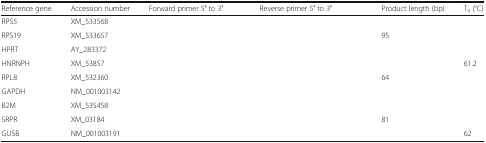
<table><thead><tr><td><b>Reference gene</b></td><td><b>Accession number</b></td><td><b>Forward primer 5′ to 3′</b></td><td><b>Reverse primer 5′ to 3′</b></td><td><b>Product length (bp)</b></td><td><b>T<sub>a</sub> (°C)</b></td></tr></thead><tbody><tr><td>RPS5</td><td>XM_533568</td><td>[EMPTY_CELL]</td><td>[EMPTY_CELL]</td><td>[EMPTY_CELL]</td><td>[EMPTY_CELL]</td></tr><tr><td>RPS19</td><td>XM_533657</td><td>[EMPTY_CELL]</td><td>[EMPTY_CELL]</td><td>95</td><td>[EMPTY_CELL]</td></tr><tr><td>HPRT</td><td>AY_283372</td><td>[EMPTY_CELL]</td><td>[EMPTY_CELL]</td><td>[EMPTY_CELL]</td><td>[EMPTY_CELL]</td></tr><tr><td>HNRNPH</td><td>XM_53857</td><td>[EMPTY_CELL]</td><td>[EMPTY_CELL]</td><td>[EMPTY_CELL]</td><td>61.2</td></tr><tr><td>RPL8</td><td>XM_532360</td><td>[EMPTY_CELL]</td><td>[EMPTY_CELL]</td><td>64</td><td>[EMPTY_CELL]</td></tr><tr><td>GAPDH</td><td>NM_001003142</td><td>[EMPTY_CELL]</td><td>[EMPTY_CELL]</td><td>[EMPTY_CELL]</td><td>[EMPTY_CELL]</td></tr><tr><td>B2M</td><td>XM_535458</td><td>[EMPTY_CELL]</td><td>[EMPTY_CELL]</td><td>[EMPTY_CELL]</td><td>[EMPTY_CELL]</td></tr><tr><td>SRPR</td><td>XM_03184</td><td>[EMPTY_CELL]</td><td>[EMPTY_CELL]</td><td>81</td><td>[EMPTY_CELL]</td></tr><tr><td>GUSB</td><td>NM_001003191</td><td>[EMPTY_CELL]</td><td>[EMPTY_CELL]</td><td>[EMPTY_CELL]</td><td>62</td></tr></tbody></table>